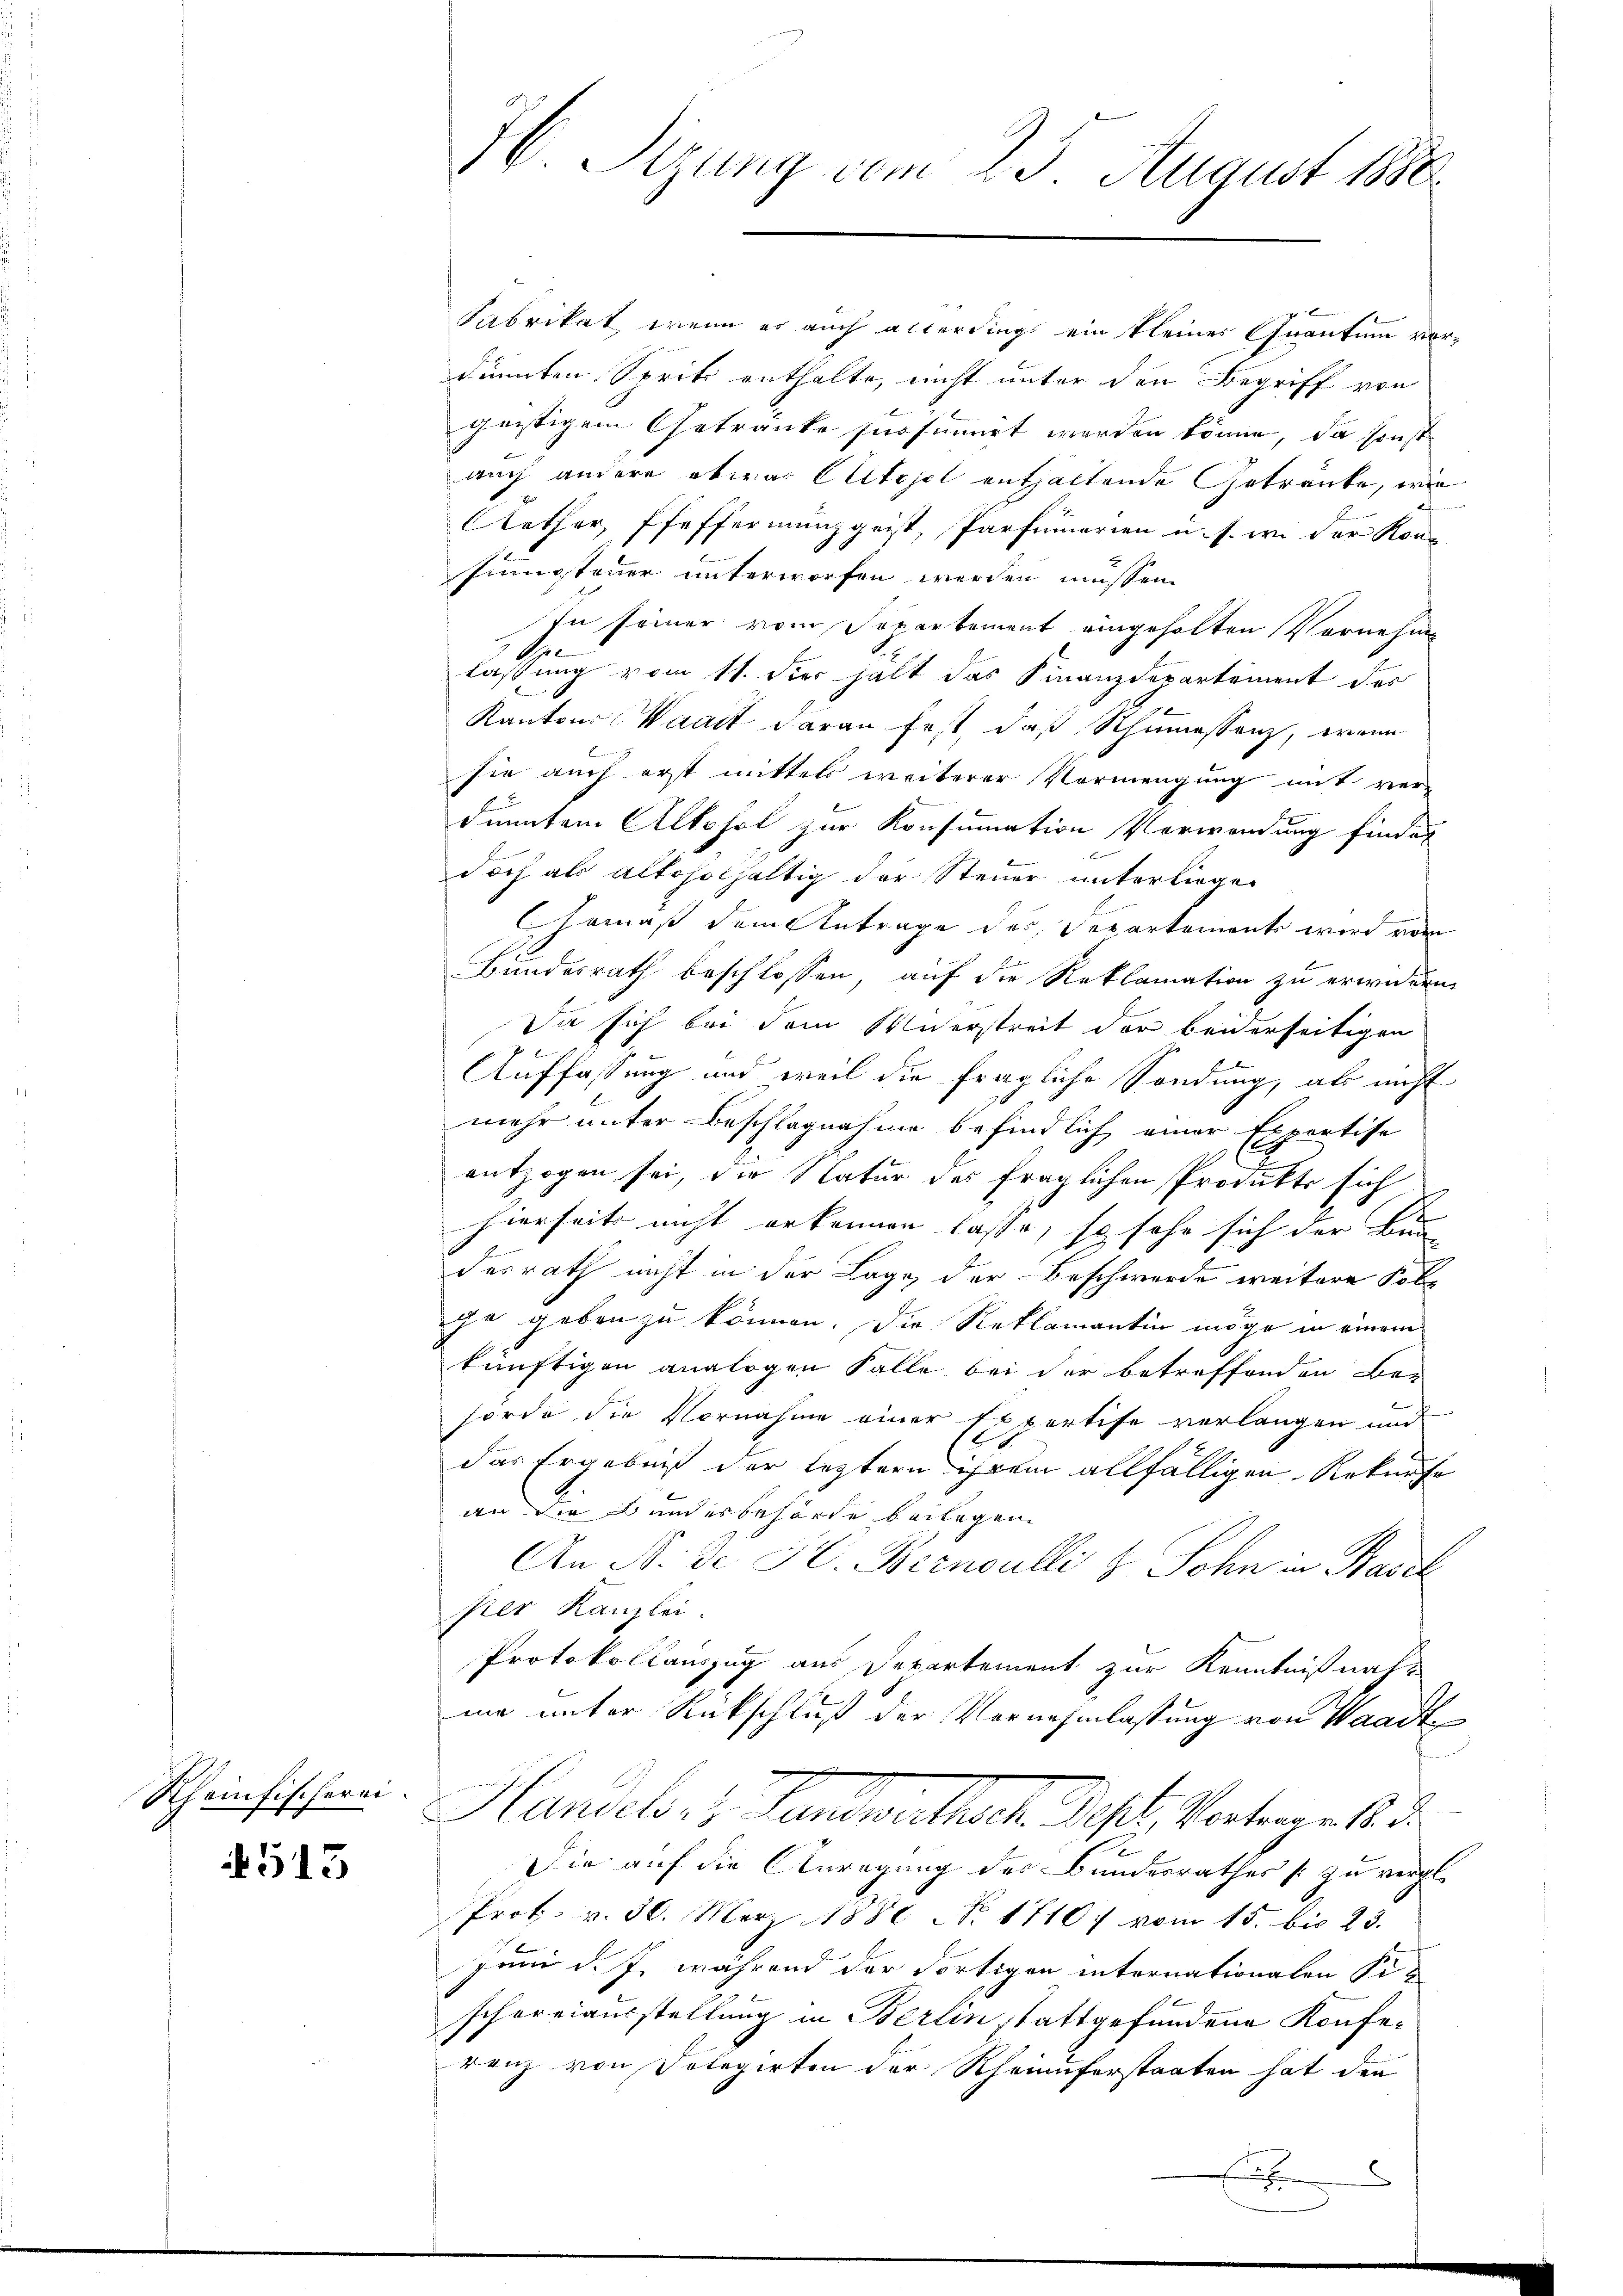
Rheinfischerei

513

Fabrikat wenn es auch allerdings ein kleiner Quantum vordinnten Spritz enthalte, nicht unter den Begriff von
geistigem Getränke für simirt werden könne, da sonst
auch andere etwas Citojel enthaltende Getränke, wie
Anther, Pfeffermanggeist, Parfumerien u. s. w. der Kong
simmsteuer unterworfen werden müssen.
In seiner vom Separtement eingeholten Vornehme
lassung vom 11. Der halt das Finanzdepartement des
Kanton Waadt daran fest, daß Rhumessenz, wenn
sie auch erst mittels weiterer Vormengung mit verdanten Alkohol zur Konsumation Verwendung findet
doch als altoholhaltig der Steuer unterliegen
Gemäß dem Antrage der Departement wird vom
Bundesrath beschlossen, auf die Reklamation zu erwidern
Da sich bei dem Unerstreit der beiderseitigen
Auffassung und weil die fragliche Sendung, als nicht
mehr unter Beschlagnahme befindlich einer Expertise
E
entzogen sei, die Natur des fraglichen Produkte sich
t
hierseits nicht erkennen lasse, so sehr sich der Bun-
desrath nicht in der Lage der Beschwerde weitere Kolje geben zu können. Die Reklamantin möge in einem
künftigen analogen Falle bei der betreffenden Be-
horde die Vornahme einer Expertise verlangen und
das Ergebniß der leztern ihrem allfälligen Rekurse
an die Bundesbehörde beilagen
An N. di H. Bernoulli & Sohn in Basel
prer Kanzlei.
Protokollauszug aus Departement zur Kenntnißnahe
ma unter Rückschluß der Vornehmlassung von Waadt
Handel, 1 Panderstrat dest. Vortrages
Die auf die Anregung des Bundesrathes zu vergl.
Prot. v. 30. März 1880 No. 1710 f vom 15. bis 23.
Juni d. J. während der dortigen internationalen Sischereiausstellung in Berlin stattgefundene Konferenz von Dolegirten der Rheinuferstaaten hat den
x
x

H. Sitzung vom 23. August 1880